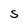
Character: s